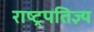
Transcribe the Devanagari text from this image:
राष्ट्रपतिज्ञ्य